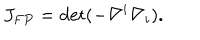
LaTeX: J _ { F P } = \det ( - \nabla ^ { i } \nabla _ { i } ) .